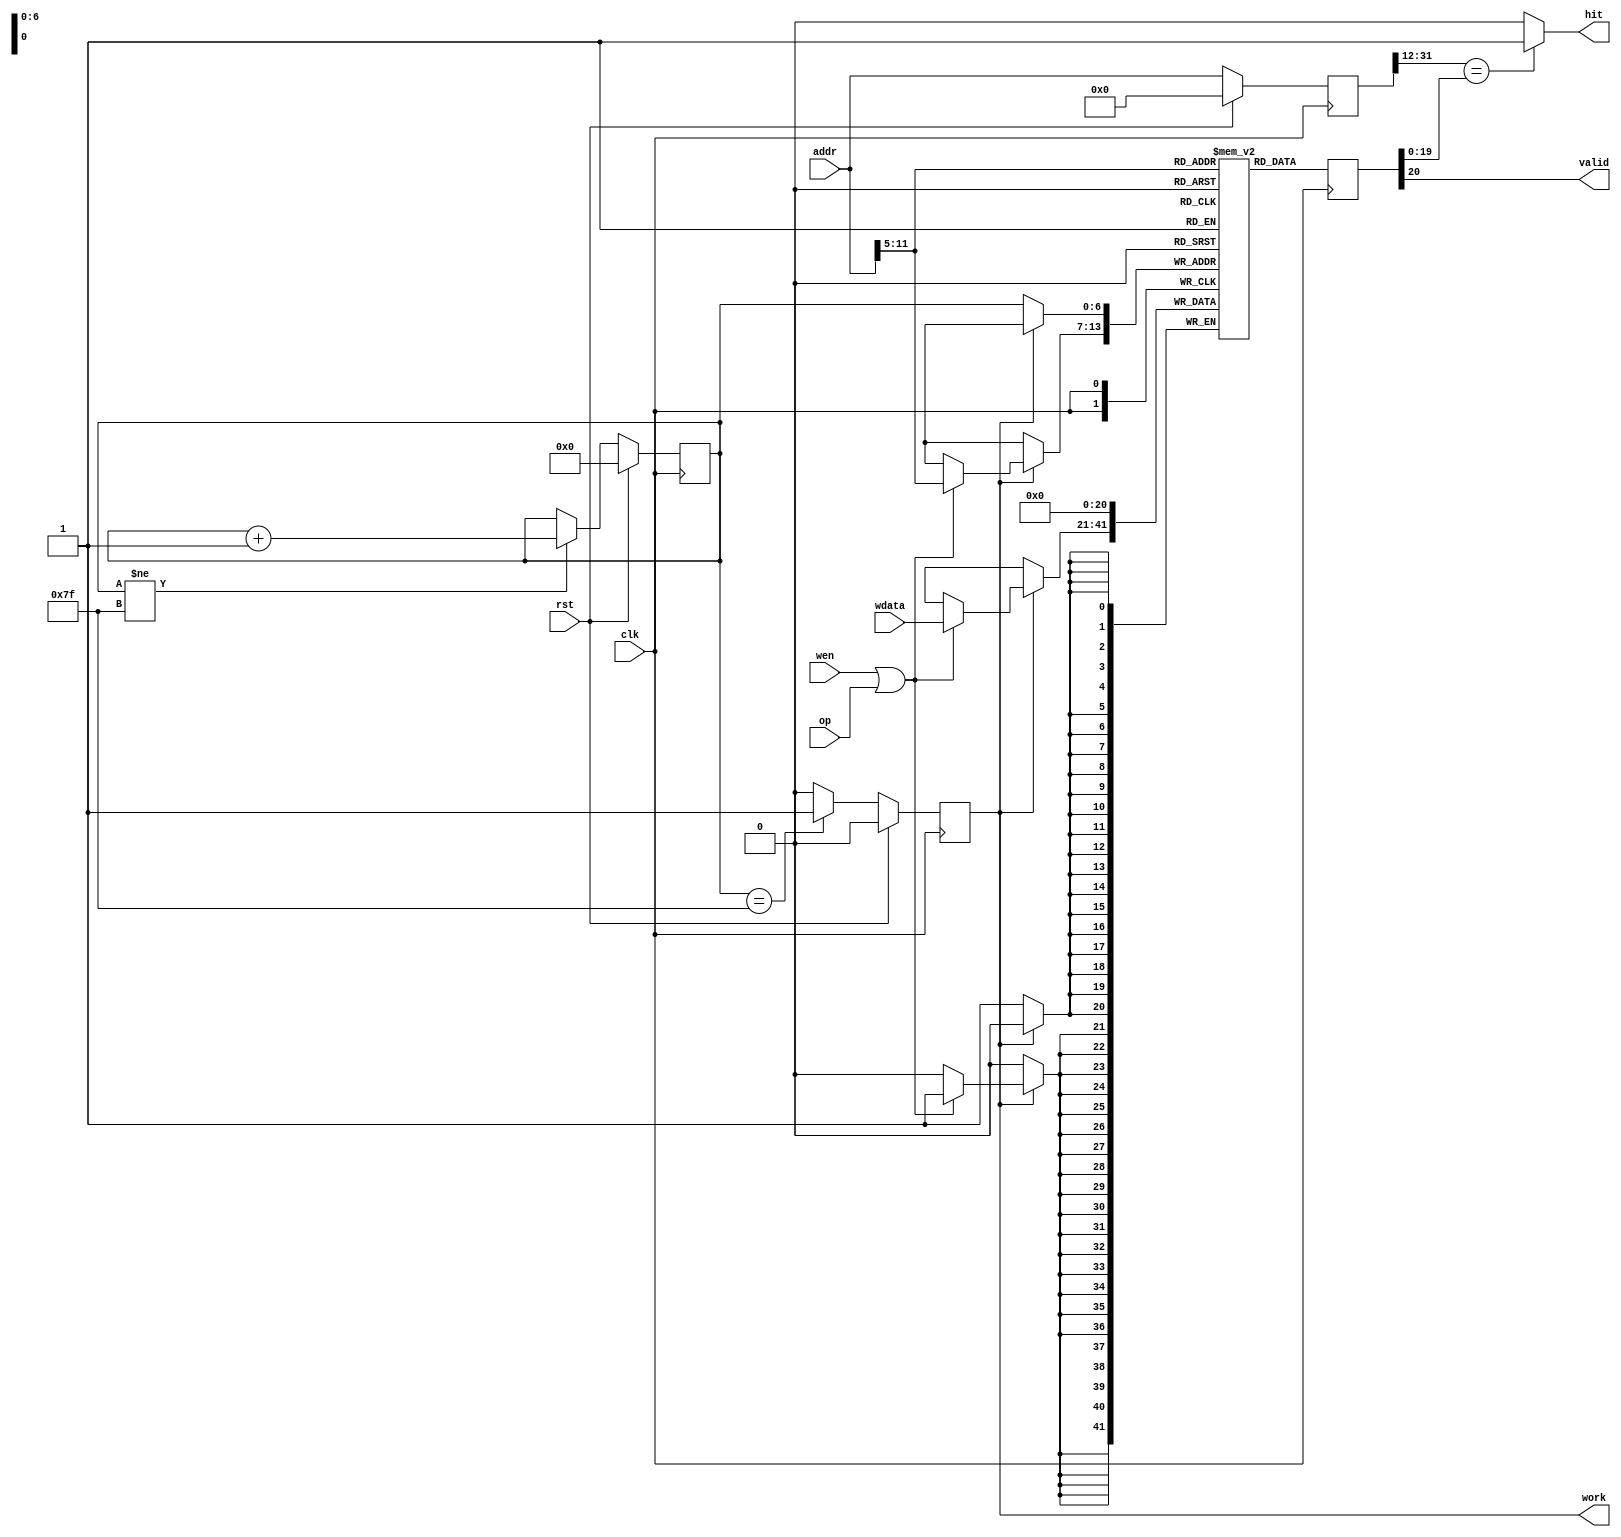
`timescale 1ns / 1ps

module icache_tag(
    input   wire        rst,
    input   wire        clk,
//    input   wire        en,
    input   wire        wen,
    input   wire[20:0]  wdata,
//    output  wire[20:0]  rdata,
    
    input   wire[31:0]  addr,
    output  wire        hit,
    output  wire        valid,
    output  wire        work,
    input   wire        op  
    );
    
    reg[20:0] tag[127:0];
    
    // store addr
    reg[31:0] addr_temp;
    always @ (posedge clk) begin
        if (rst) begin
            addr_temp <= 32'b0;
        end else begin
            addr_temp <= addr;
        end
    end
    
    // reset tag
    reg[6:0] reset_counter;
    always @ (posedge clk) begin
        if (rst) reset_counter <= 7'b0;
        else if (reset_counter != 7'b111_1111) reset_counter <= reset_counter + 1'b1;
    end
    wire reset_done = reset_counter == 7'b111_1111 ? 1'b1 : 1'b0;
    reg work_t;
    always @ (posedge clk) begin
        if (rst) work_t <= 1'b0;
        else work_t <= reset_done;
    end
    assign work = work_t;
    
    always @ (posedge clk) begin
        if (!work) tag[reset_counter] <= 21'b0; // reset
        else if (wen || op) tag[addr[11:5]] <= wdata; // modify tag according to addr
    end
    
    // read tag
    wire[20:0] tag_read;
    reg[20:0] tag_t;
    assign tag_read = tag[addr[11:5]];
    always @ (posedge clk) begin
        tag_t <= tag_read;
    end
    
    assign hit = (addr_temp[31:12] == tag_t[19:0]) ? 1'b1 : 1'b0;
    assign valid = tag_t[20];
    
endmodule